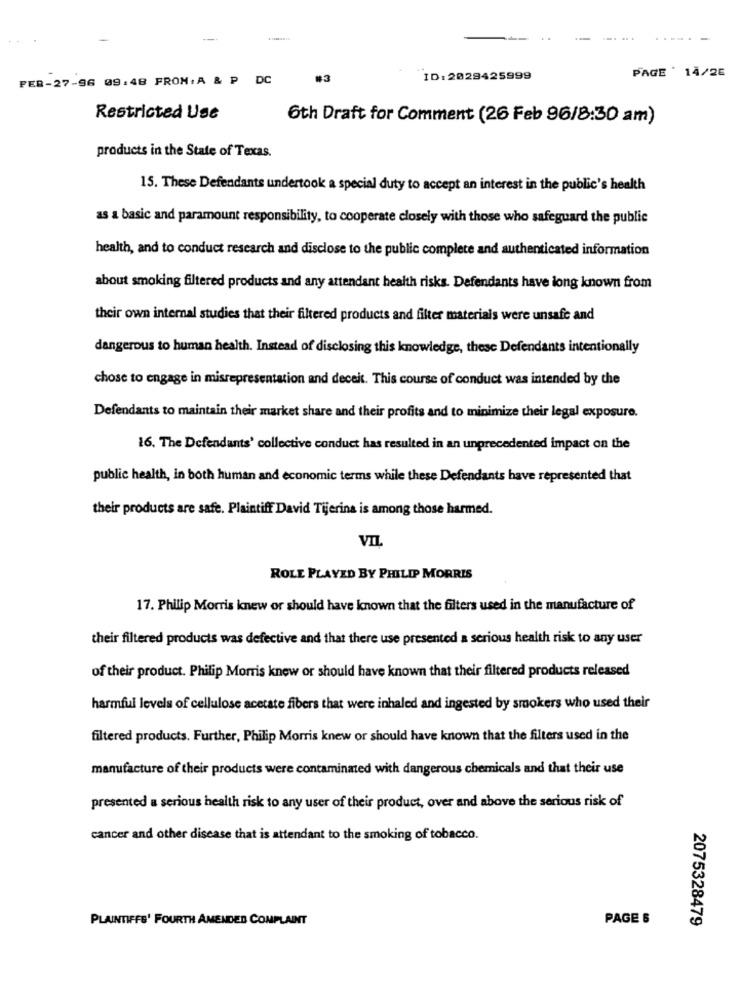
..
PAGE ' 14/2E
PER-27-96 09.48 FROM: A & P DC
#3
ID: 2029425999
Restricted Use
6th Draft for Comment (26 Feb 96/8:30 am)
products in the State of Texas.
15. These Defendants undertook a special duty to accept an interest in the public's health
as a basic and paramount responsibility, to cooperate closely with those who safeguard the public
health, and to conduct research and disclose to the public complete and authenticated information
about smoking filtered products and any attendant health risks. Defendants have long known from
their own internal studies that their filtered products and filter materials were unsafe and
dangerous to human health. Instead of disclosing this knowledge, these Defendants intentionally
chose to engage in misrepresentation and deceit. This course of conduct was intended by the
Defendants to maintain their market share and their profits and to minimize their legal exposure.
16. The Defendants' collective conduct has resulted in an unprecedented impact on the
public health, in both human and economic terms while these Defendants have represented that
their products are safe. Plaintiff David Tijerina is among those harmed.
ROLE PLAYED BY PHILIP MORRIS
17. Philip Morris knew or should have known that the filters used in the manufacture of
their filtered products was defective and that there use presented a serious health risk to any user
of their product. Philip Morris knew or should have known that their filtered products released
harmful levels of cellulose acetate fibers that were inhaled and ingested by smokers who used their
filtered products. Further, Philip Morris knew or should have known that the filters used in the
manufacture of their products were contaminated with dangerous chemicals and that their use
presented a serious health risk to any user of their product, over and above the serious risk of
cancer and other disease that is attendant to the smoking of tobacco.
PLAINTIFFS' FOURTH AMENDED COMPLAINT
PAGE 6
2075328479